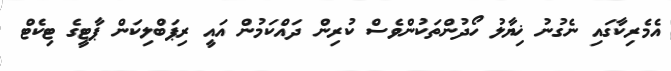
އެމެރިކާގައި ނެގުނު ޚިޔާލު ހޯދުންތަކުންވެސް ކުރިން ދައްކަމުން އައީ ރިޕަބްލިކަން ޕާޓީގެ ޓިކެޓް